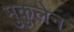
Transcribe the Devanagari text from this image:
मुकुलेन